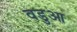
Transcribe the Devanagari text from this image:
वडुआ